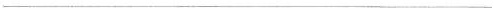
___